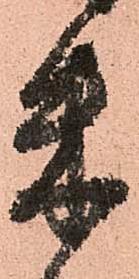
朱